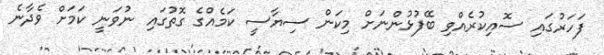
ފަހަރުގައި ސޮއިކުރެއްވި ބޭފުޅުންނަށް މިކަން ސިޔާސީ ކަމެއްގެ ގޮތުގައި ނުވަނީ ކަމަށް ވެދާނެ